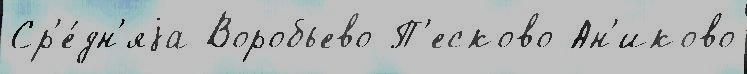
Ср'е́дн'яjа Воробьево П'есково Ан'иково